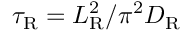
\tau _ { \mathrm { R } } = L _ { \mathrm { R } } ^ { 2 } / \pi ^ { 2 } D _ { \mathrm { R } }